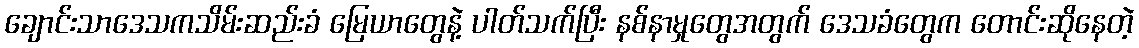
ချောင်းသာဒေသကသိမ်းဆည်းခံ မြေယာတွေနဲ့ ပါတ်သက်ပြီး နစ်နာမှုတွေအတွက် ဒေသခံတွေက တောင်းဆိုနေတဲ့